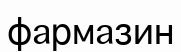
фармазин